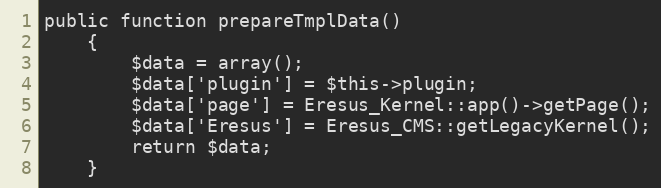
Language: PHP
public function prepareTmplData()
	{
		$data = array();
		$data['plugin'] = $this->plugin;
		$data['page'] = Eresus_Kernel::app()->getPage();
		$data['Eresus'] = Eresus_CMS::getLegacyKernel();
		return $data;
	}